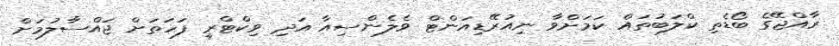
ރާއްޖޭގެ ބޯޑެތި ކްލަބުތައް ކަމަށްވާ ނިއުރޭޑިއަންޓް ވެލެންސިއާ އަދި ވިކްޓްރީ ފަހަތަށް ޖައްސާލުމަށް